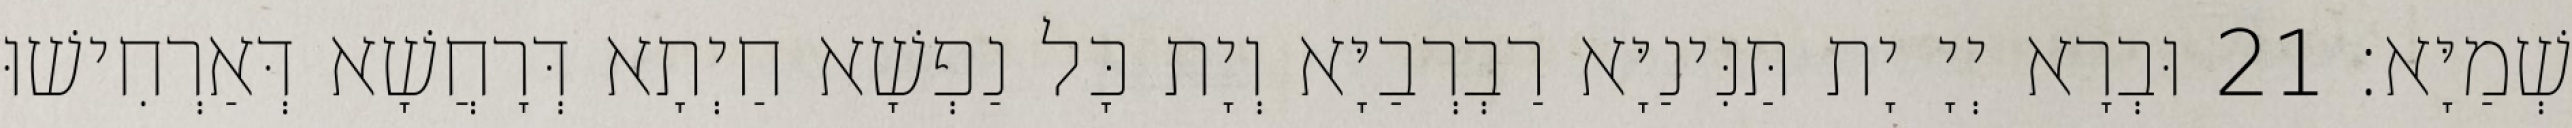
שְׁמַיָּא׃ 21 וּבְרָא יְיָ יָת תַּנִּינַיָּא רַבְרְבַיָּא וְיָת כָּל נַפְשָׁא חַיְתָא דְּרָחֲשָׁא דְּאַרְחִישׁוּ